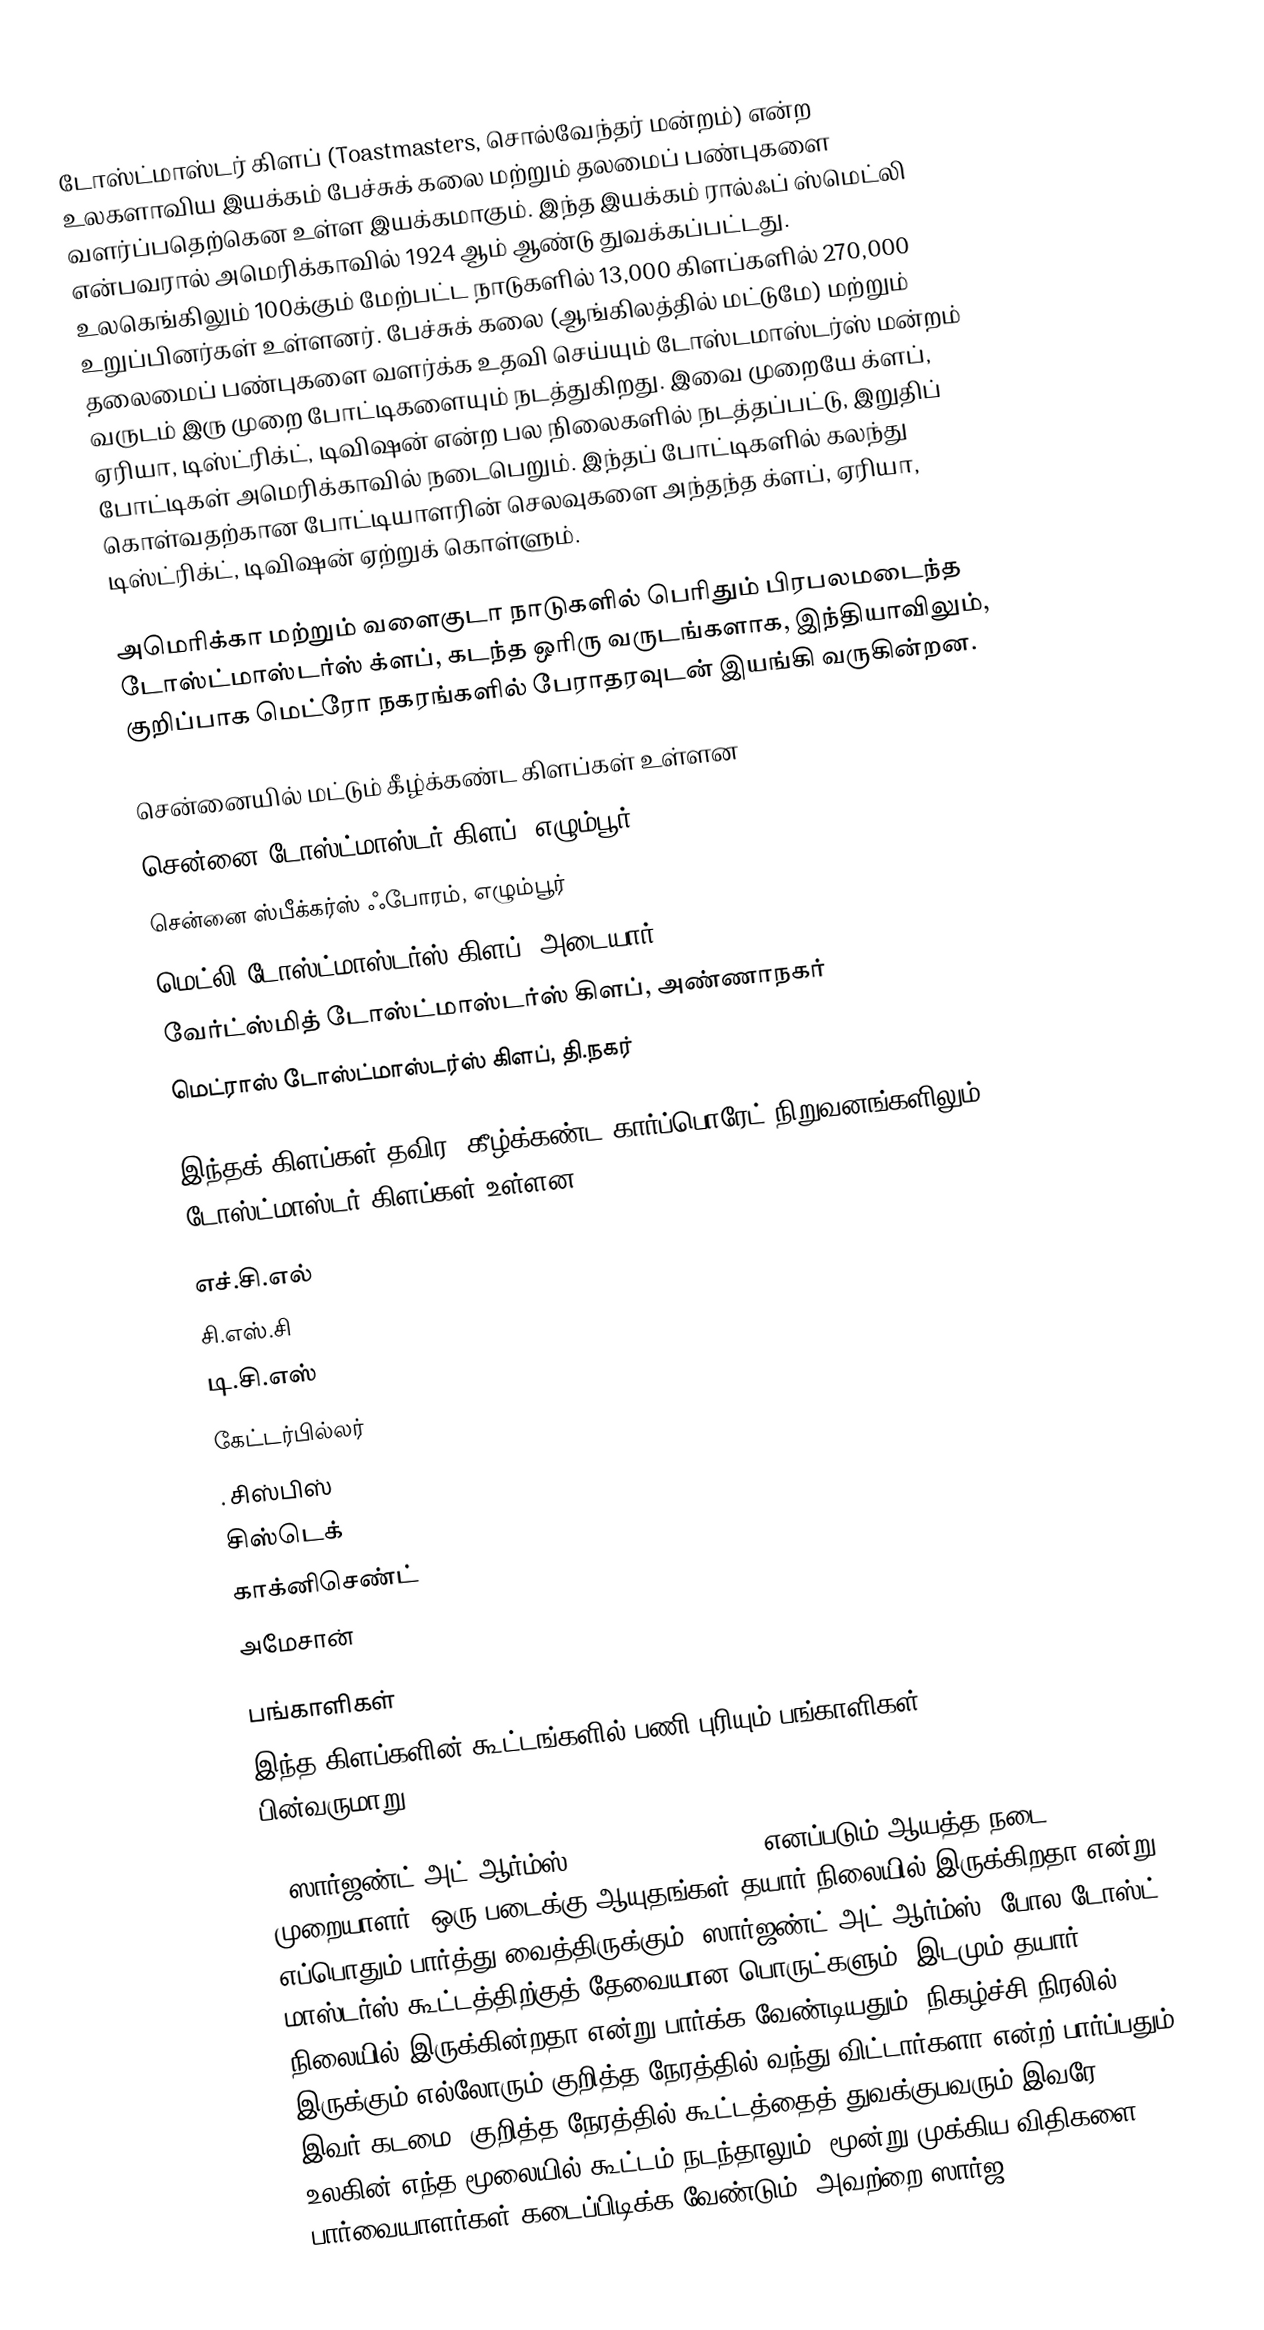
டோஸ்ட்மாஸ்டர் கிளப் (Toastmasters, சொல்வேந்தர் மன்றம்) என்ற உலகளாவிய இயக்கம் பேச்சுக் கலை மற்றும் தலமைப் பண்புகளை வளர்ப்பதெற்கென உள்ள இயக்கமாகும். இந்த இயக்கம் ரால்ஃப் ஸ்மெட்லி என்பவரால் அமெரிக்காவில் 1924 ஆம் ஆண்டு துவக்கப்பட்டது. உலகெங்கிலும் 100க்கும் மேற்பட்ட நாடுகளில் 13,000 கிளப்களில் 270,000 உறுப்பினர்கள் உள்ளனர். பேச்சுக் கலை (ஆங்கிலத்தில் மட்டுமே) மற்றும் தலைமைப் பண்புகளை வளர்க்க உதவி செய்யும் டோஸ்டமாஸ்டர்ஸ் மன்றம் வருடம் இரு முறை போட்டிகளையும் நடத்துகிறது. இவை முறையே க்ளப், ஏரியா, டிஸ்ட்ரிக்ட், டிவிஷன் என்ற பல நிலைகளில் நடத்தப்பட்டு, இறுதிப் போட்டிகள் அமெரிக்காவில் நடைபெறும். இந்தப் போட்டிகளில் கலந்து கொள்வதற்கான போட்டியாளரின் செலவுகளை அந்தந்த  க்ளப், ஏரியா, டிஸ்ட்ரிக்ட், டிவிஷன் ஏற்றுக் கொள்ளும்.

அமெரிக்கா மற்றும் வளைகுடா நாடுகளில் பெரிதும் பிரபலமடைந்த டோஸ்ட்மாஸ்டர்ஸ் க்ளப், கடந்த ஒரிரு வருடங்களாக, இந்தியாவிலும், குறிப்பாக மெட்ரோ நகரங்களில் பேராதரவுடன் இயங்கி வருகின்றன.

சென்னையில் மட்டும் கீழ்க்கண்ட கிளப்கள் உள்ளன
சென்னை டோஸ்ட்மாஸ்டர் கிளப், எழும்பூர்
 சென்னை ஸ்பீக்கர்ஸ் ஃபோரம், எழும்பூர்
 மெட்லி டோஸ்ட்மாஸ்டர்ஸ் கிளப், அடையார்
 வேர்ட்ஸ்மித் டோஸ்ட்மாஸ்டர்ஸ் கிளப், அண்ணாநகர்
 மெட்ராஸ் டோஸ்ட்மாஸ்டர்ஸ் கிளப், தி.நகர்

இந்தக் கிளப்கள் தவிர, கீழ்க்கண்ட கார்ப்பொரேட் நிறுவனங்களிலும் டோஸ்ட்மாஸ்டர் கிளப்கள் உள்ளன.

 எச்.சி.எல்
 சி.எஸ்.சி
 டி.சி.எஸ்
 கேட்டர்பில்லர்
. சிஸ்பிஸ்
 சிஸ்டெக்
 காக்னிசெண்ட்
 அமேசான்

பங்காளிகள்
இந்த கிளப்களின் கூட்டங்களில் பணி புரியும் பங்காளிகள் (roleplayers) பின்வருமாறு:.

1)ஸார்ஜண்ட் அட் ஆர்ம்ஸ் (Sergeant at Arms) எனப்படும் ஆயத்த நடை முறையாளர். ஒரு படைக்கு ஆயுதங்கள் தயார் நிலையில் இருக்கிறதா என்று எப்பொதும் பார்த்து வைத்திருக்கும் 'ஸார்ஜண்ட் அட் ஆர்ம்ஸ்' போல டோஸ்ட் மாஸ்டர்ஸ் கூட்டத்திற்குத் தேவையான பொருட்களும், இடமும் தயார் நிலையில் இருக்கின்றதா என்று பார்க்க வேண்டியதும், நிகழ்ச்சி நிரலில் இருக்கும் எல்லோரும் குறித்த நேரத்தில் வந்து விட்டார்களா என்ற் பார்ப்பதும் இவர் கடமை. குறித்த நேரத்தில் கூட்டத்தைத் துவக்குபவரும் இவரே. உலகின் எந்த மூலையில் கூட்டம் நடந்தாலும், மூன்று முக்கிய விதிகளை பார்வையாளர்கள் கடைப்பிடிக்க வேண்டும். அவற்றை ஸார்ஜ